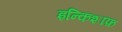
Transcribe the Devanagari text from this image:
इन्किशाफ़